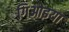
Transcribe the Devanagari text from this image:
गिओइया